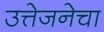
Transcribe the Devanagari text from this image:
उत्तेजनेचा